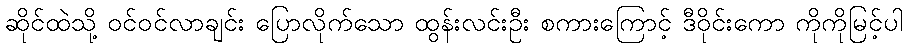
ဆိုင်ထဲသို့ ဝင်ဝင်လာချင်း ပြောလိုက်သော ထွန်းလင်းဦး စကားကြောင့် ဒီဝိုင်းကော ကိုကိုမြင့်ပါ